Bréfritari: Grímur Jónsson
Viðtakandi: Jón Borgfirðingur
Dagsetning: A-1861-06-06
Skrifað á: Austurlandi  N-Þing.

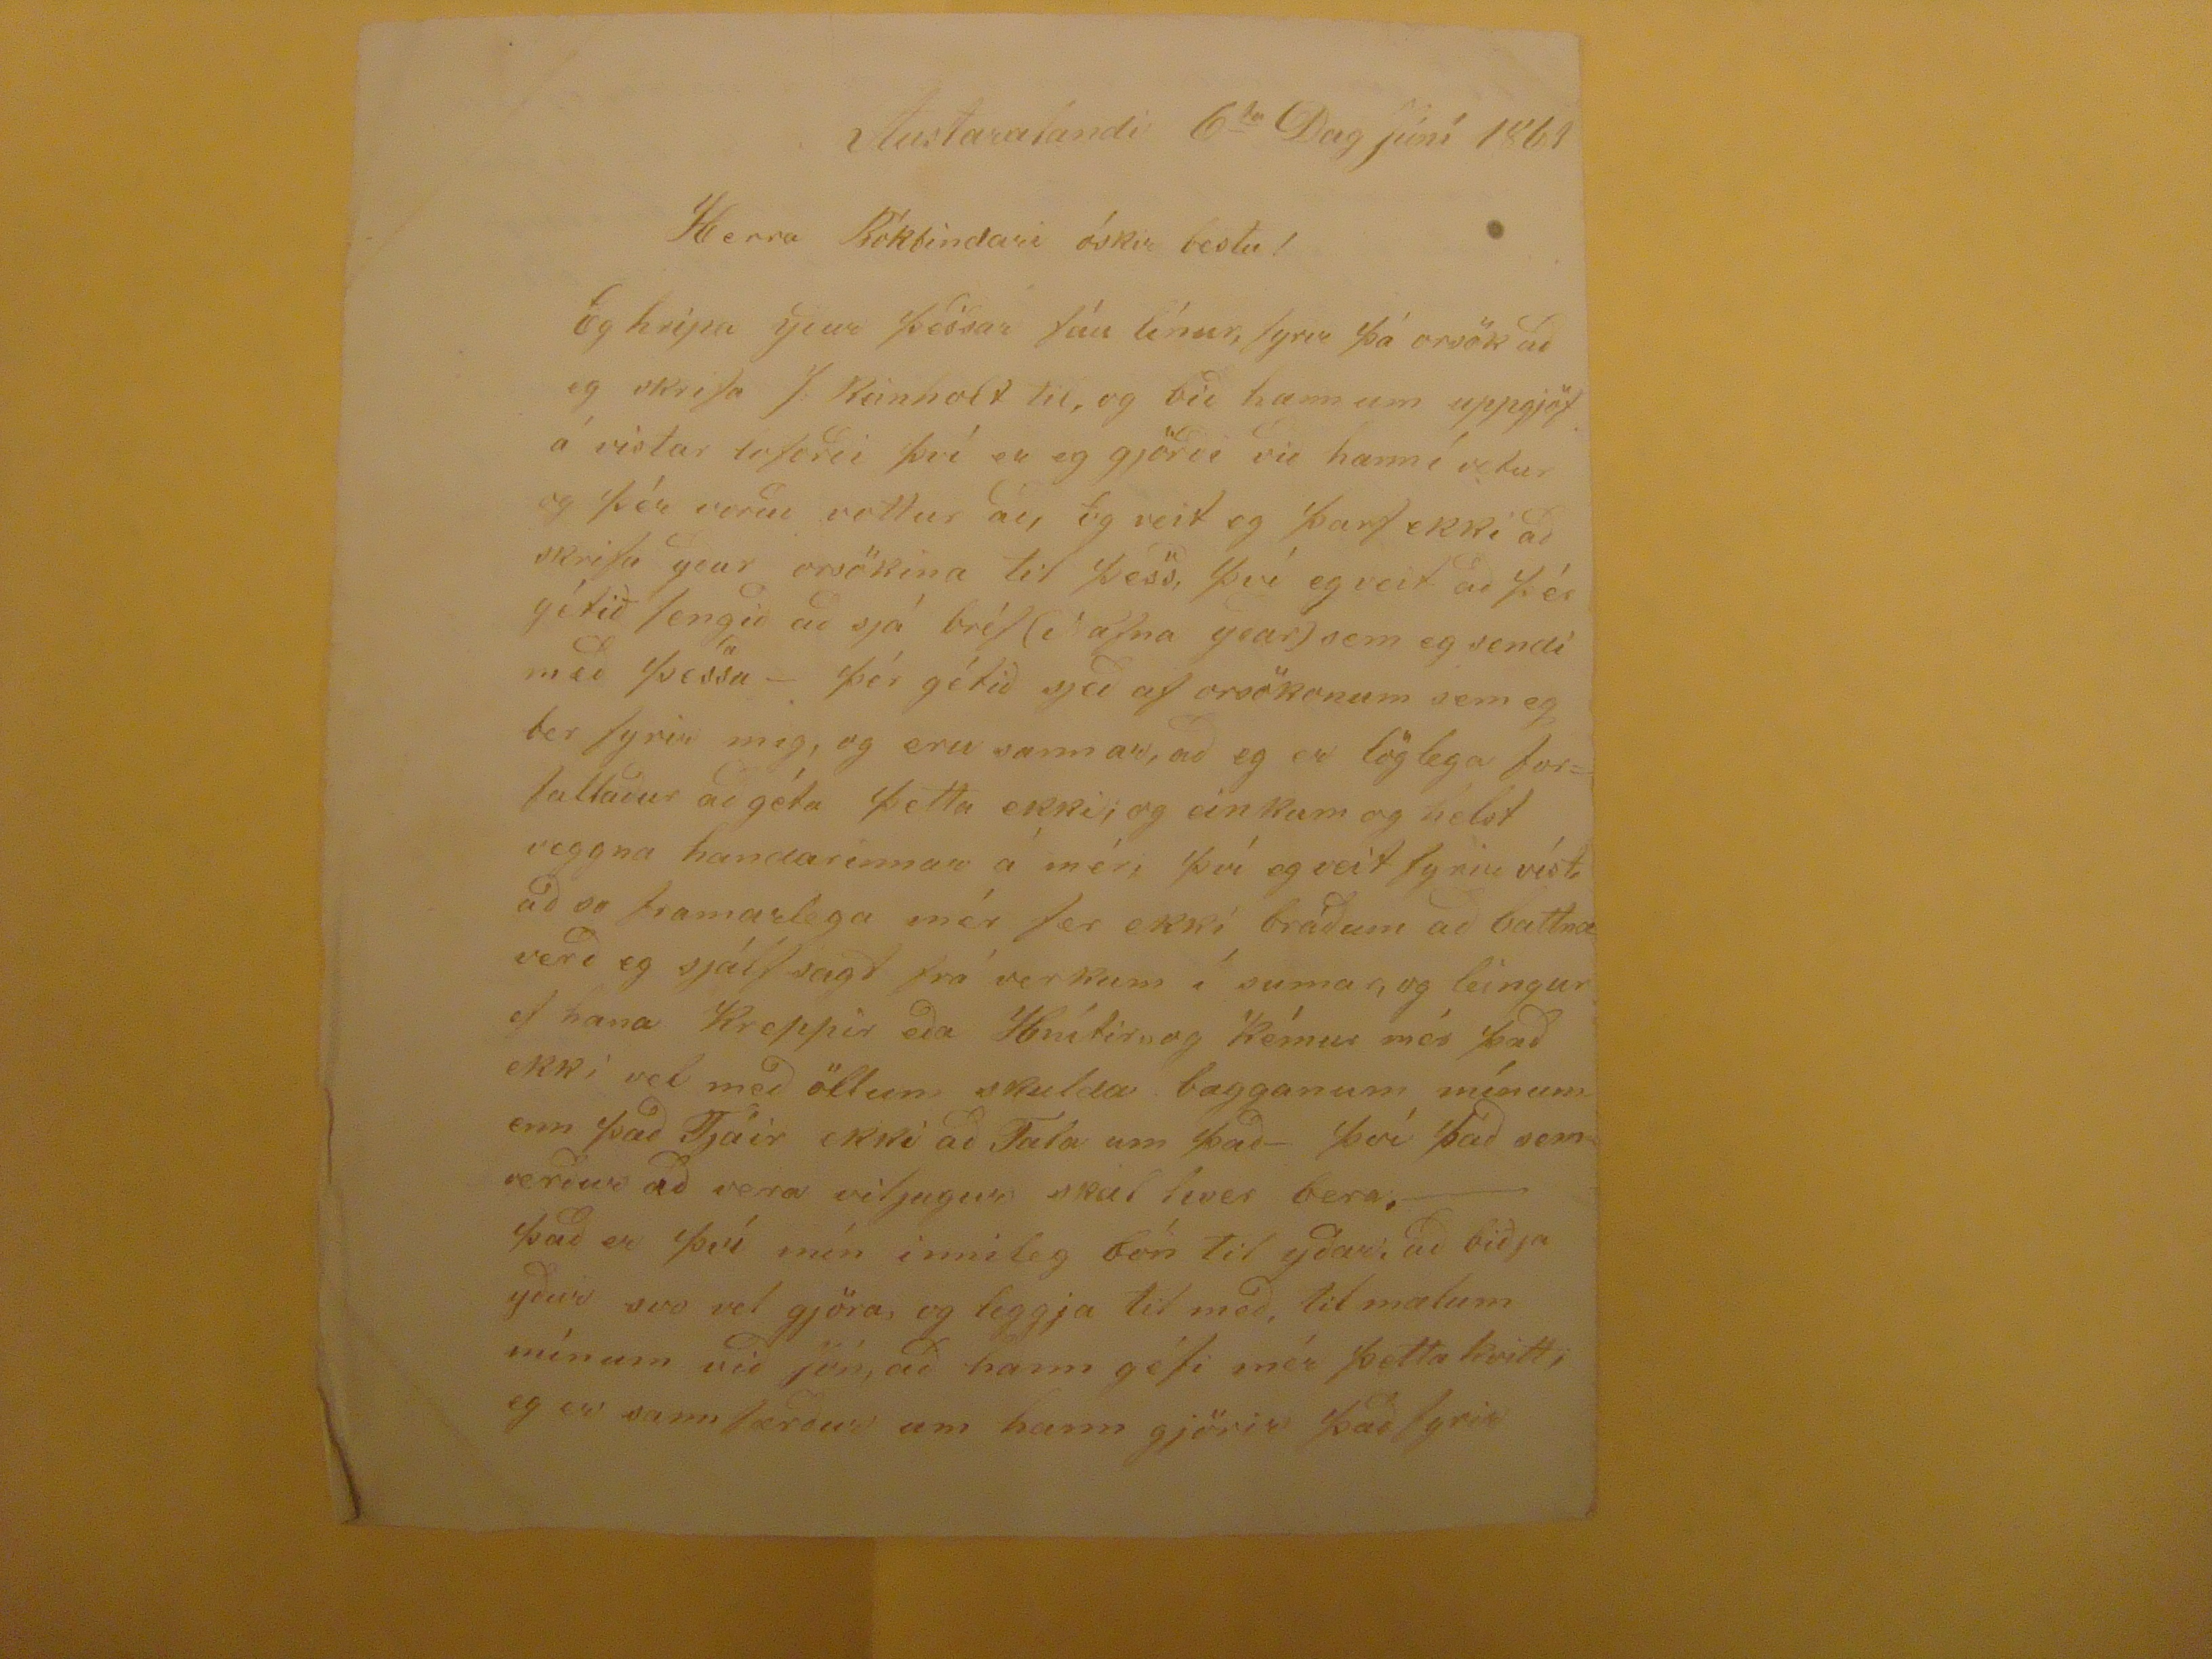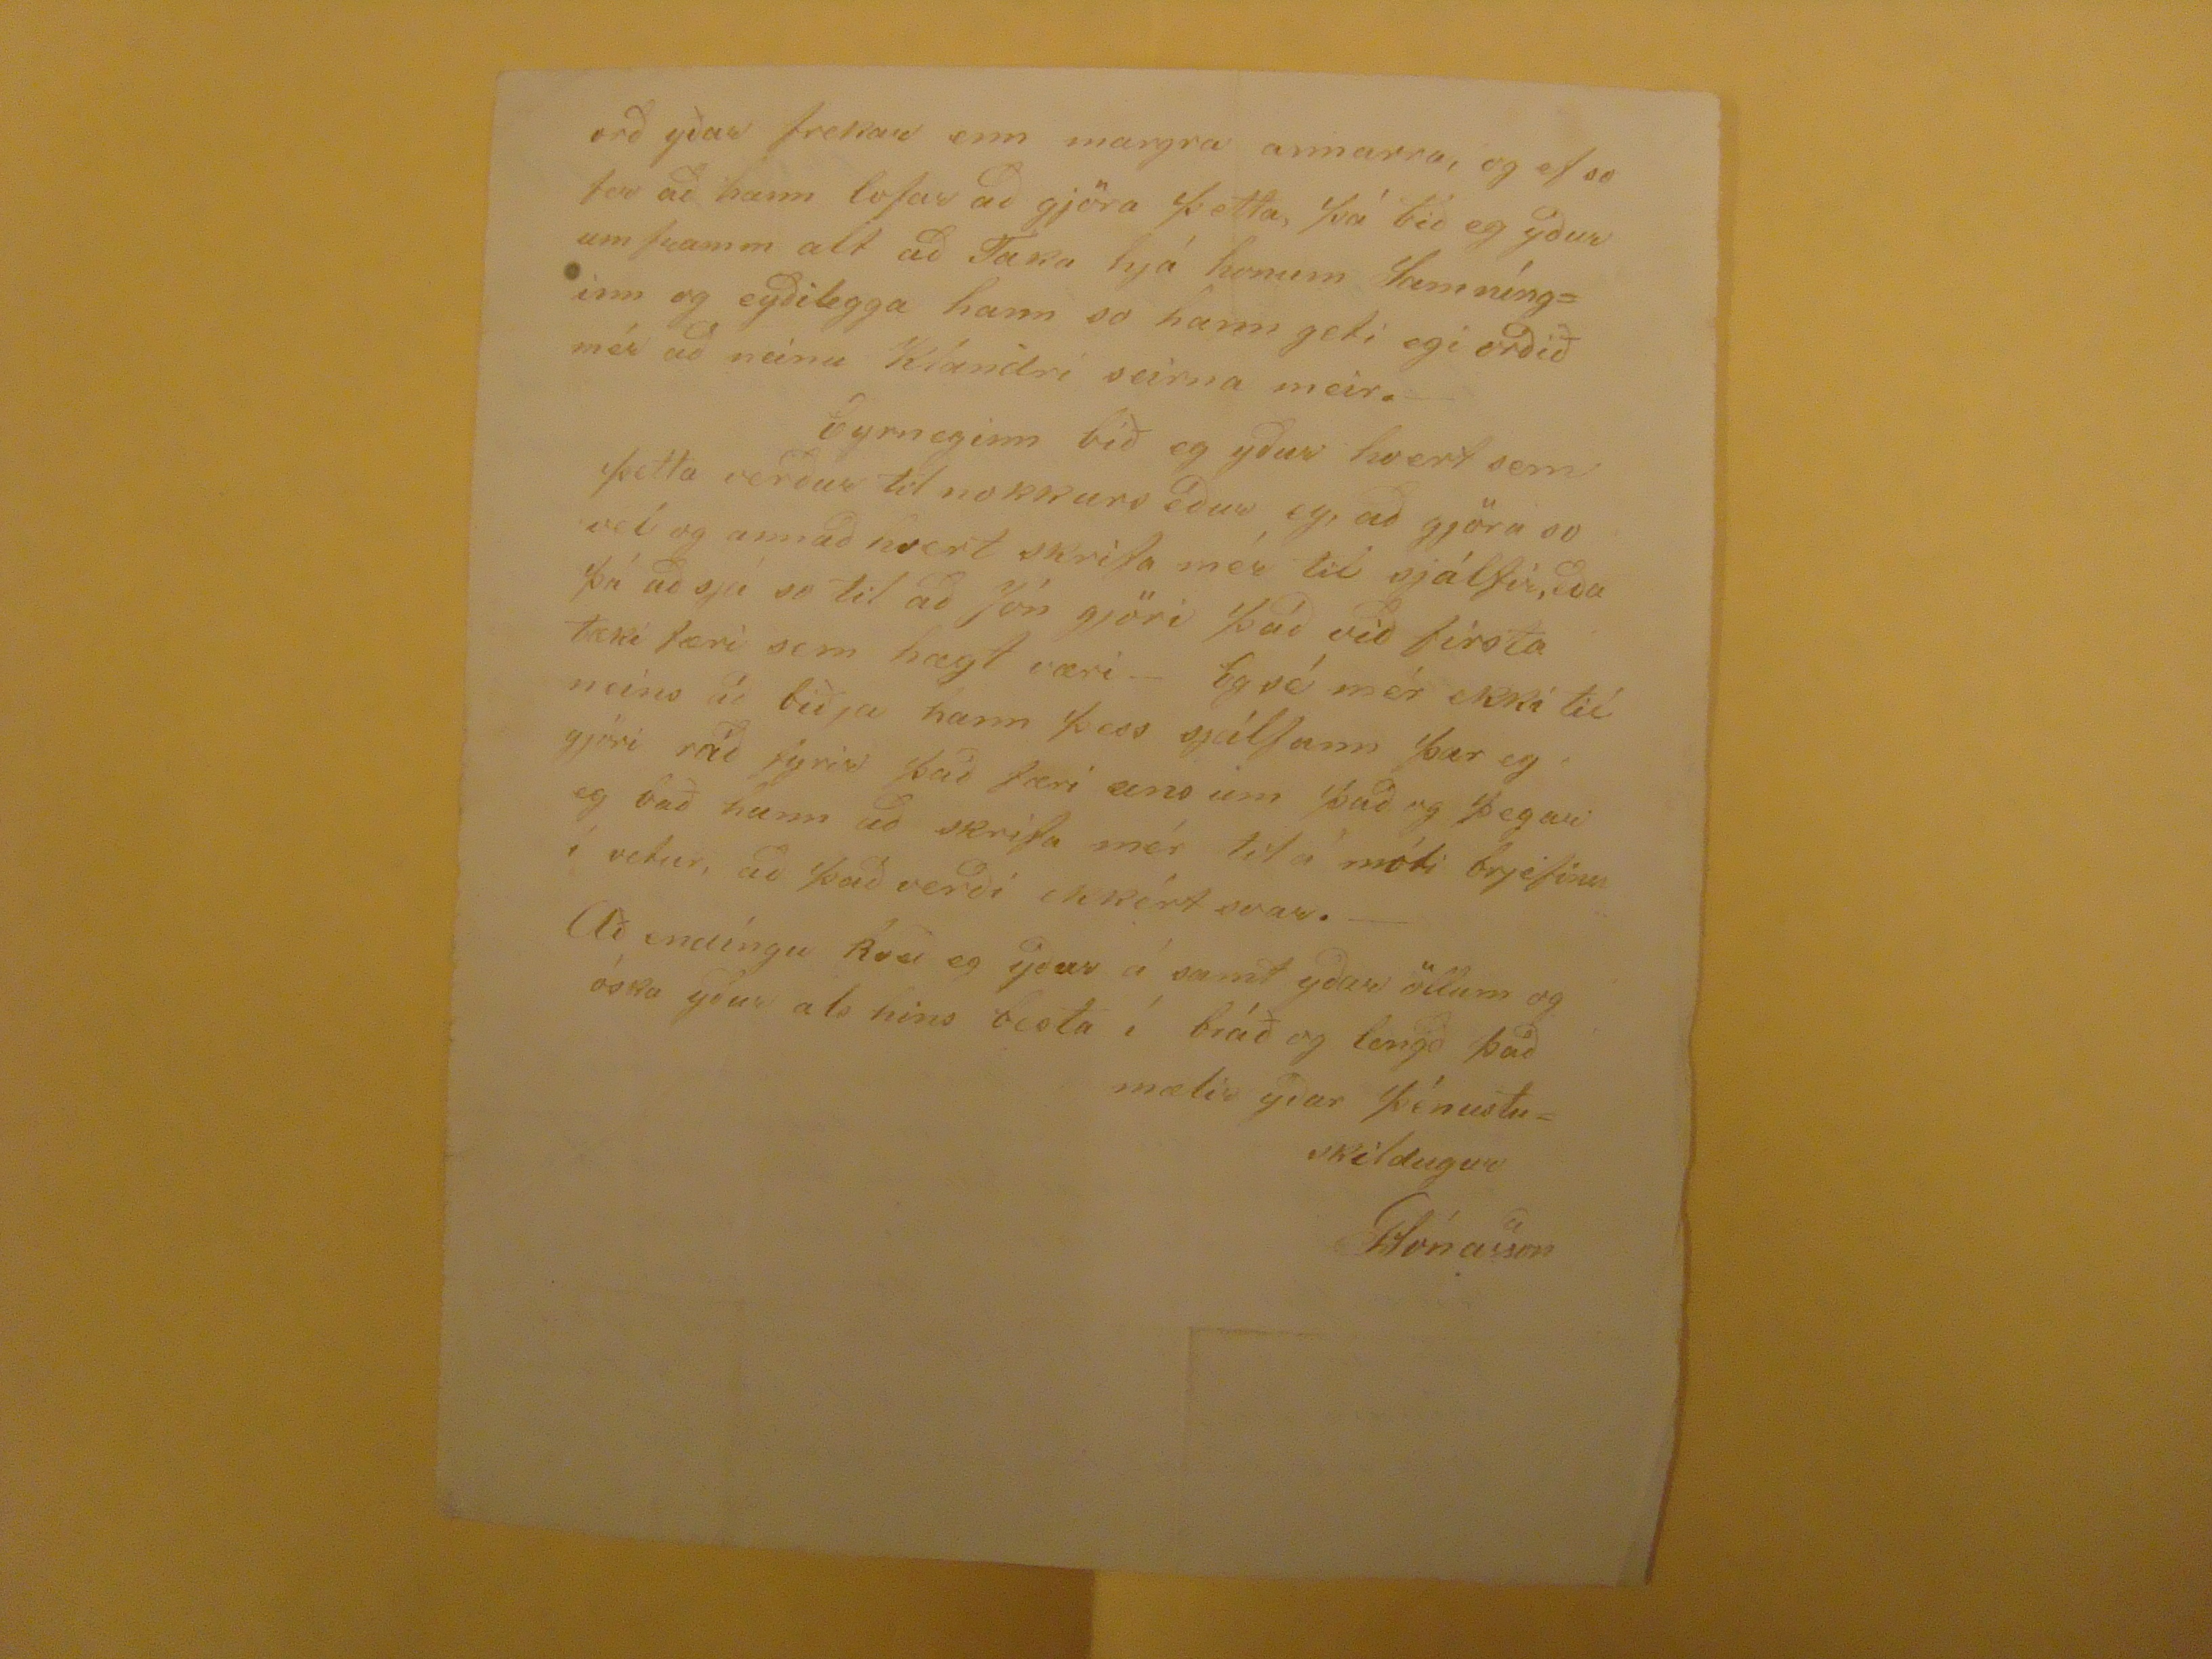

Austurlandi 6
ta
Dag júní 1861
Herra Bókbindari óskir bestu!
Eg hrípa yður þessar fáu línur, fyrir þá orsök að eg skrifa J. Reinholt til, og bið hann um uppgjöf á vistar loforði því er eg gjörði við hann í vetur og þér voruð vottur ad, Eg veit og þarf ekki að skrifa yður orsökina til þess, því eg veit ad þér gítið fengið ad sjá bréf (Nafna ydar) sem eg sendi med þessu- þér gétid sjeð af orsökunum sem eg ber fyrir mig, og eru sannar, að eg er löglega forfatlaður að géta þetta ekki; og einkum og helst veggna handarinnar á mér, því og veit fyrir víst ad og framarlega mér fer ekki bráðum að battna verð eg sjálfsagt frá verkum í sumar, og leingur ef hana Kreppir eða
Hnítir
og kémur mér það ekki vel með öllum skulda bagganum mínum enn það Tjáir ekki ad Tala um það- því það sem verður að vera viljugur skal hver bera, það er því mín innileg bón Til yðar, að biðja yður svo vel gjöra, og leggja til með, til mælum mínum við Jón, að hann géfi mér þetta kvitt, eg er sann færður um hann gjörir það fyrir
orð yðar frekar enn margra annarra, og ef so fer að hann lofar ad gjöra þetta, þá bið eg yður um framm alt að FaRa hjá honum Samnínginn og eyðilegga hann so hann geti egi orðið mér að neinu Klandri seinna meir.
byrneginn
bið eg ydur hvert sem þetta verdur Til nokkuri eður eg, að gjöra so vel og annað hvert skrifa mér til sjálfir, eða þú að sjá so til að Jón gjöri það við firsta tæki færi sem hægt væri- Eg sé mér ekki til neins að biðja hann þess sjálfann þær eg gjöri ráð fyrir það færi eins um það og þegar eg bað hann að skrifa mér til à móti brjefinu í vetur, að það verði ekkért svar.-
Að endíngu kveð eg yður á samt yðar öllum og óska yður als hins besta í bráð og lengd þad
mælir ydar þénustu-
skildugur
GJónasson